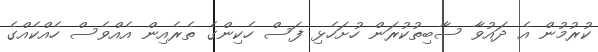
ކުރުމުން އެ ދައުވާ ސާބިތުކުރަން ހުށަހެޅި ފަސް ހެކިންގެ ތެރެއިން އެއްވެސް ހެއްކެއްގެ